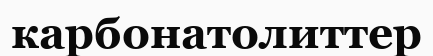
карбонатолиттер